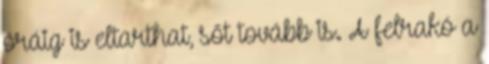
óráig is eltarthat, sőt tovább is. A felrakó a